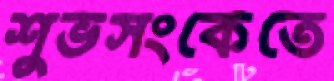
শুভসংকেতে